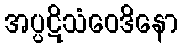
အပ္ပဋိသံဝေဒိနော